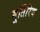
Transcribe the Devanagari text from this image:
मूर्तिरिव